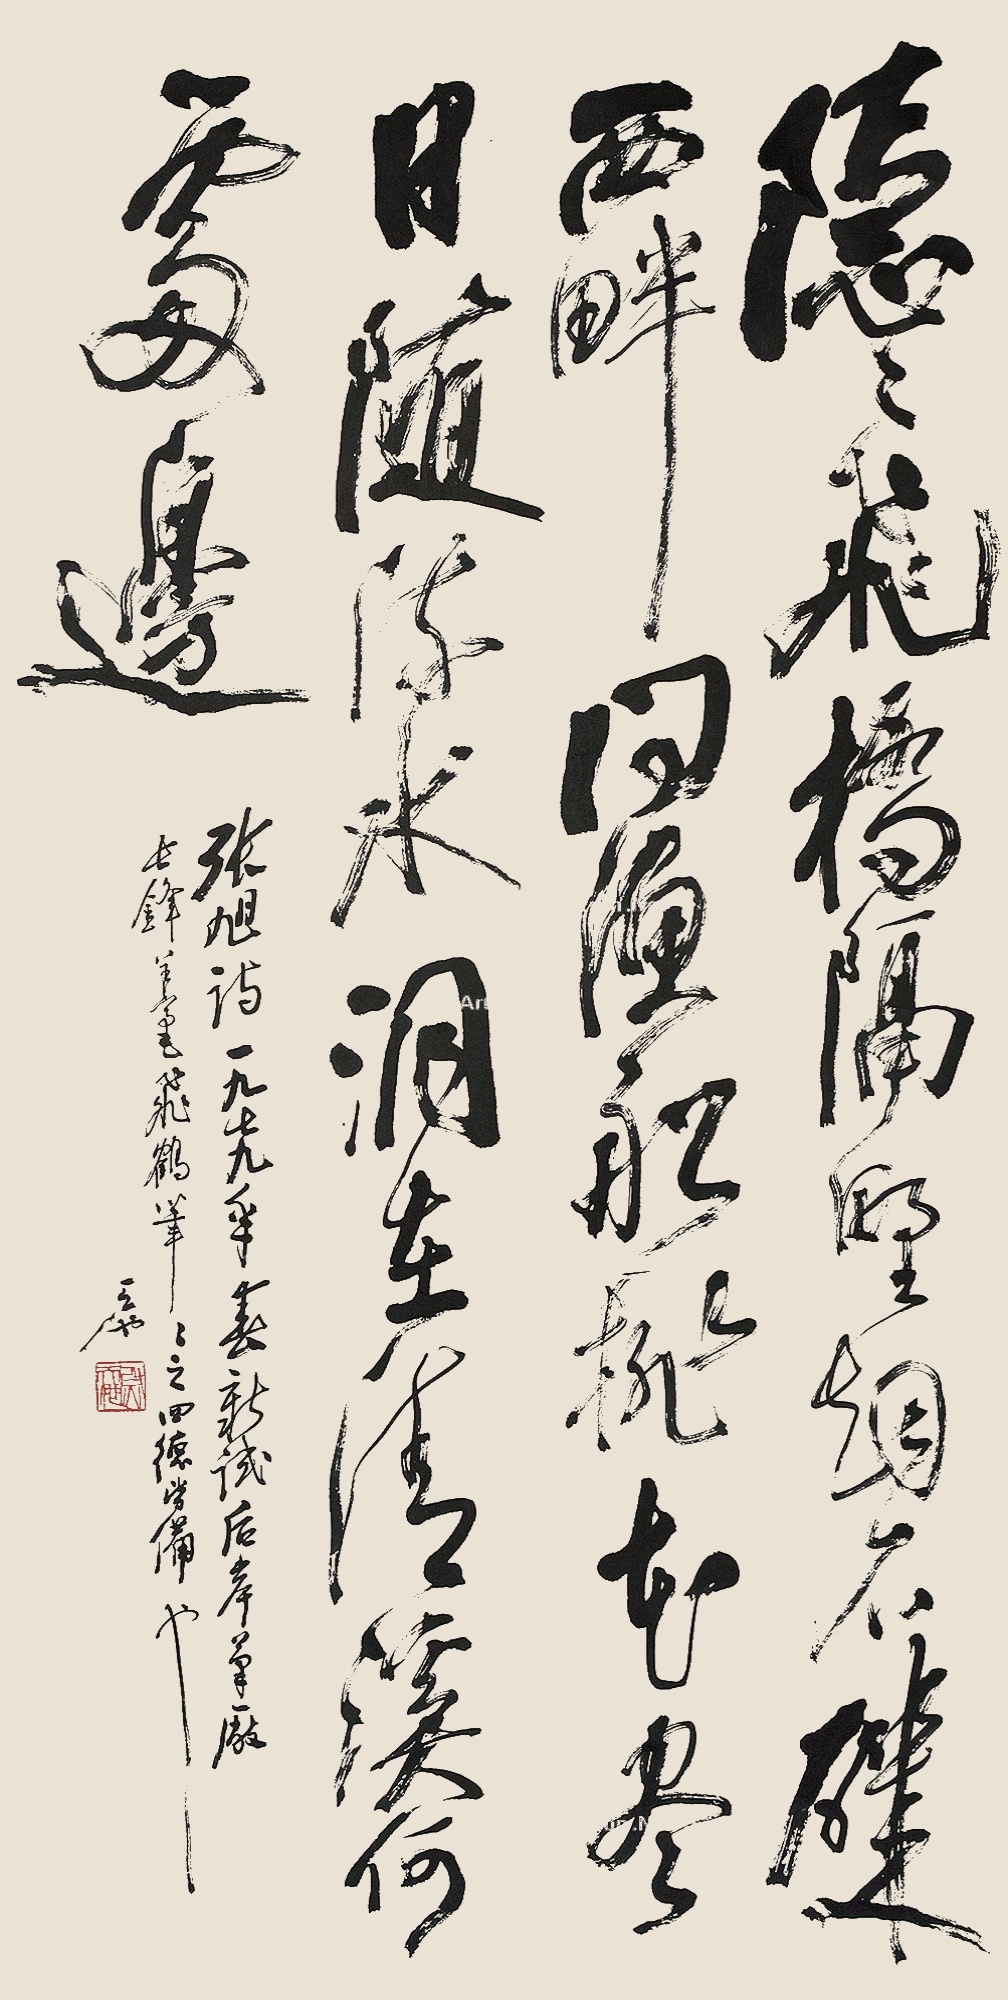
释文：隐隐飞桥隔野烟，石矶西畔问渔船。桃花尽日随流水，洞在清溪何处边。张旭诗。一九七九年春，新试后岸笔厂长锋羊毫飞鹤笔，笔之四德当备也。天池。